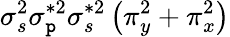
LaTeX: \sigma_{s}^{2}\sigma_{\mathtt{p}}^{*2}\sigma_{s}^{*2}\left(\pi_{y}^{2}+\pi_{x}^{2}\right)